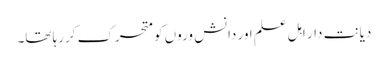
دیانت دار اہل علم اور دانش وروں کو متحرک کررہا تھا۔